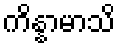
ကိန္နာမာသိ